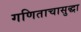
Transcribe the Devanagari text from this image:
गणिताचासुद्धा